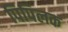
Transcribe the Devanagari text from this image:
पिपिलक